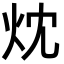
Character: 㶩